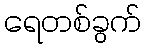
ရေတစ်ခွက်